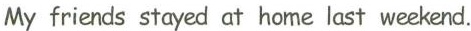
My friends stayed at home last weekend.